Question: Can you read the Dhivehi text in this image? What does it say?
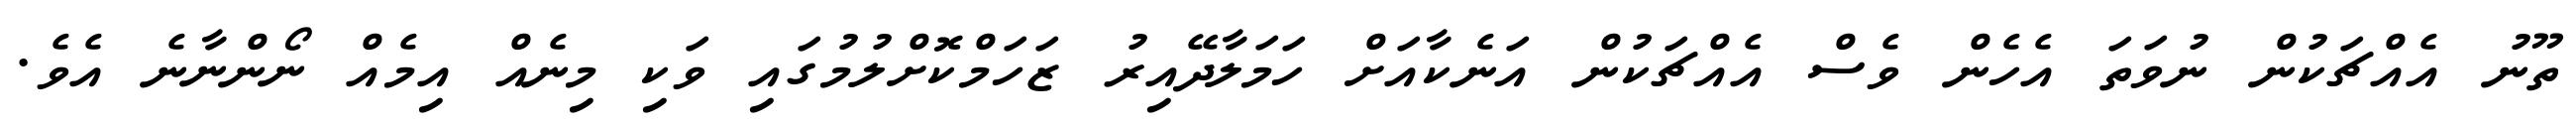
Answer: ތޫނު އެއްޗަކުން ނުވަތަ އެހެން ވެސް އެއްޗަކުން އަނެކާއަށް ހަމަލާދޭއިރު ޒަހަމްކޮށްލުމުގައި ވަކި މިނެއް އިމެއް ނޯންނާނެ އެވެ.